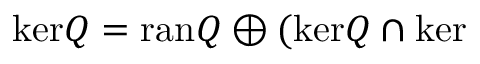
\mathrm { k e r } Q = \mathrm { r a n } Q \oplus ( \mathrm { k e r } Q \cap \mathrm { k e r }